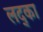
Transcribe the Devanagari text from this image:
लद्का